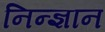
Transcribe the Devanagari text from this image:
निन्ज्ञान